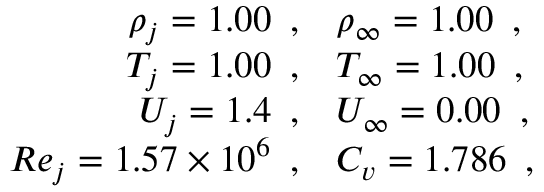
\begin{array} { r l } { \rho _ { j } = 1 . 0 0 \, \mathrm { ~ , } } & { \rho _ { \infty } = 1 . 0 0 \, \mathrm { ~ , } } \\ { T _ { j } = 1 . 0 0 \, \mathrm { ~ , } } & { T _ { \infty } = 1 . 0 0 \, \mathrm { ~ , } } \\ { U _ { j } = 1 . 4 \, \mathrm { ~ , } } & { U _ { \infty } = 0 . 0 0 \, \mathrm { ~ , } } \\ { R e _ { j } = 1 . 5 7 \times 1 0 ^ { 6 } \, \mathrm { ~ , } } & { C _ { v } = 1 . 7 8 6 \, \mathrm { ~ , } } \end{array}